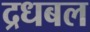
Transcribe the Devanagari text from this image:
द्रधबल